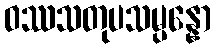
ဝဿသတုပသမ္ပန္နော